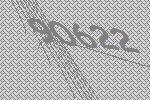
90622